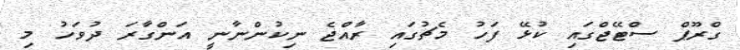
ގްރޫޕް ސްޓޭޖްގައި ކުޅޭ ފަހު މެޗުގައި ރާއްޖެ ނިކުންނާނީ އަންގާރަ ދުވަހު މި